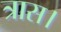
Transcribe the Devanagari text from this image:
त्रास।